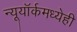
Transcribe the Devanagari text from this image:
न्यूयॉर्कमध्येही